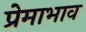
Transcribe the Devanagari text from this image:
प्रेमाभाव